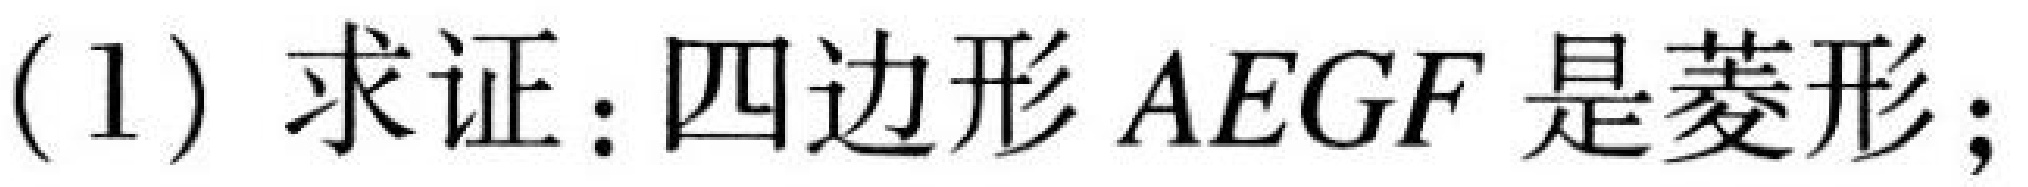
(1) 求证：四边形 \(AEGF\) 是菱形；